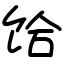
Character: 饸